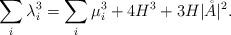
LaTeX: \begin{align*}\sum_i \lambda_i^3 &= \sum_i \mu_i^3 +4H^3 +3H\vert\mathring{A}\vert^2.\end{align*}